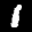
Label: 1